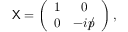
{ \sf X } = \left( \begin{array} { c c } { { 1 } } & { { 0 } } \\ { { 0 } } & { { - i p \llap / } } \end{array} \right) ,